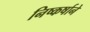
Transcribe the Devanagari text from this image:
निष्कर्षाने